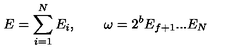
E = \sum _ { i = 1 } ^ { N } E _ { i } , \qquad \omega = 2 ^ { b } E _ { f + 1 } . . . E _ { N }